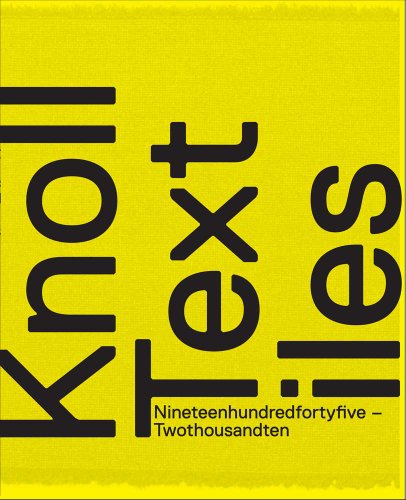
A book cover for Knoll Textiles, 1945-2010 (Bard Graduate Center for Studies in the Decorative Arts, Design & Culture); Arts & Photography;